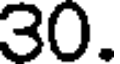
30.